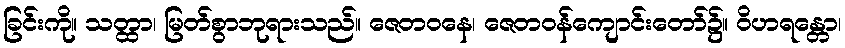
ခြင်းကို။ သတ္ထာ၊ မြတ်စွာဘုရားသည်။ ဇေတဝနေ၊ ဇေတဝန်ကျောင်းတော်၌။ ဝိဟရန္တော၊